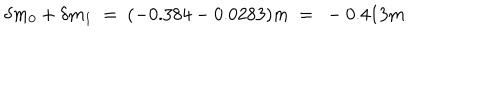
\delta m _ { 0 } + \delta m _ { 1 } ~ = ~ ( - 0 . 3 8 4 - 0 . 0 2 8 3 ) m ~ = ~ - 0 . 4 1 3 m